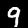
Digit: 9